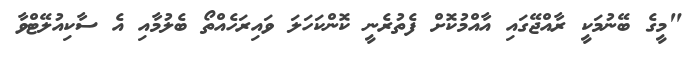
"މީގެ ބޭނުމަކީ ރާއްޖޭގައި އާއްމުކޮށް ފެތުރެނީ ކޮންކަހަލަ ވައިރަހެއްތޯ ބެލުމާއި އެ ސާކިއުލޭޓްވާ